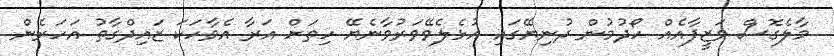
މާލެގޮސް ވަޒީފާއެއް ހޯދުމުން ދުނިޔޭގައި އުޅެލެވޭވަރުވާނެޔޭ ހިތަށް އަރާ އެވާހަކަ ޒައިދްގާތު އަހަރެން